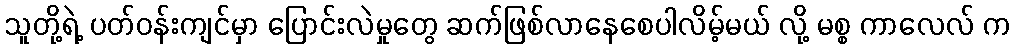
သူတို့ရဲ့ ပတ်ဝန်းကျင်မှာ ပြောင်းလဲမှုတွေ ဆက်ဖြစ်လာနေစေပါလိမ့်မယ် လို့ မစ္စ ကာလေလ် က